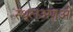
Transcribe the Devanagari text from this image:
स्थूलअणुओं